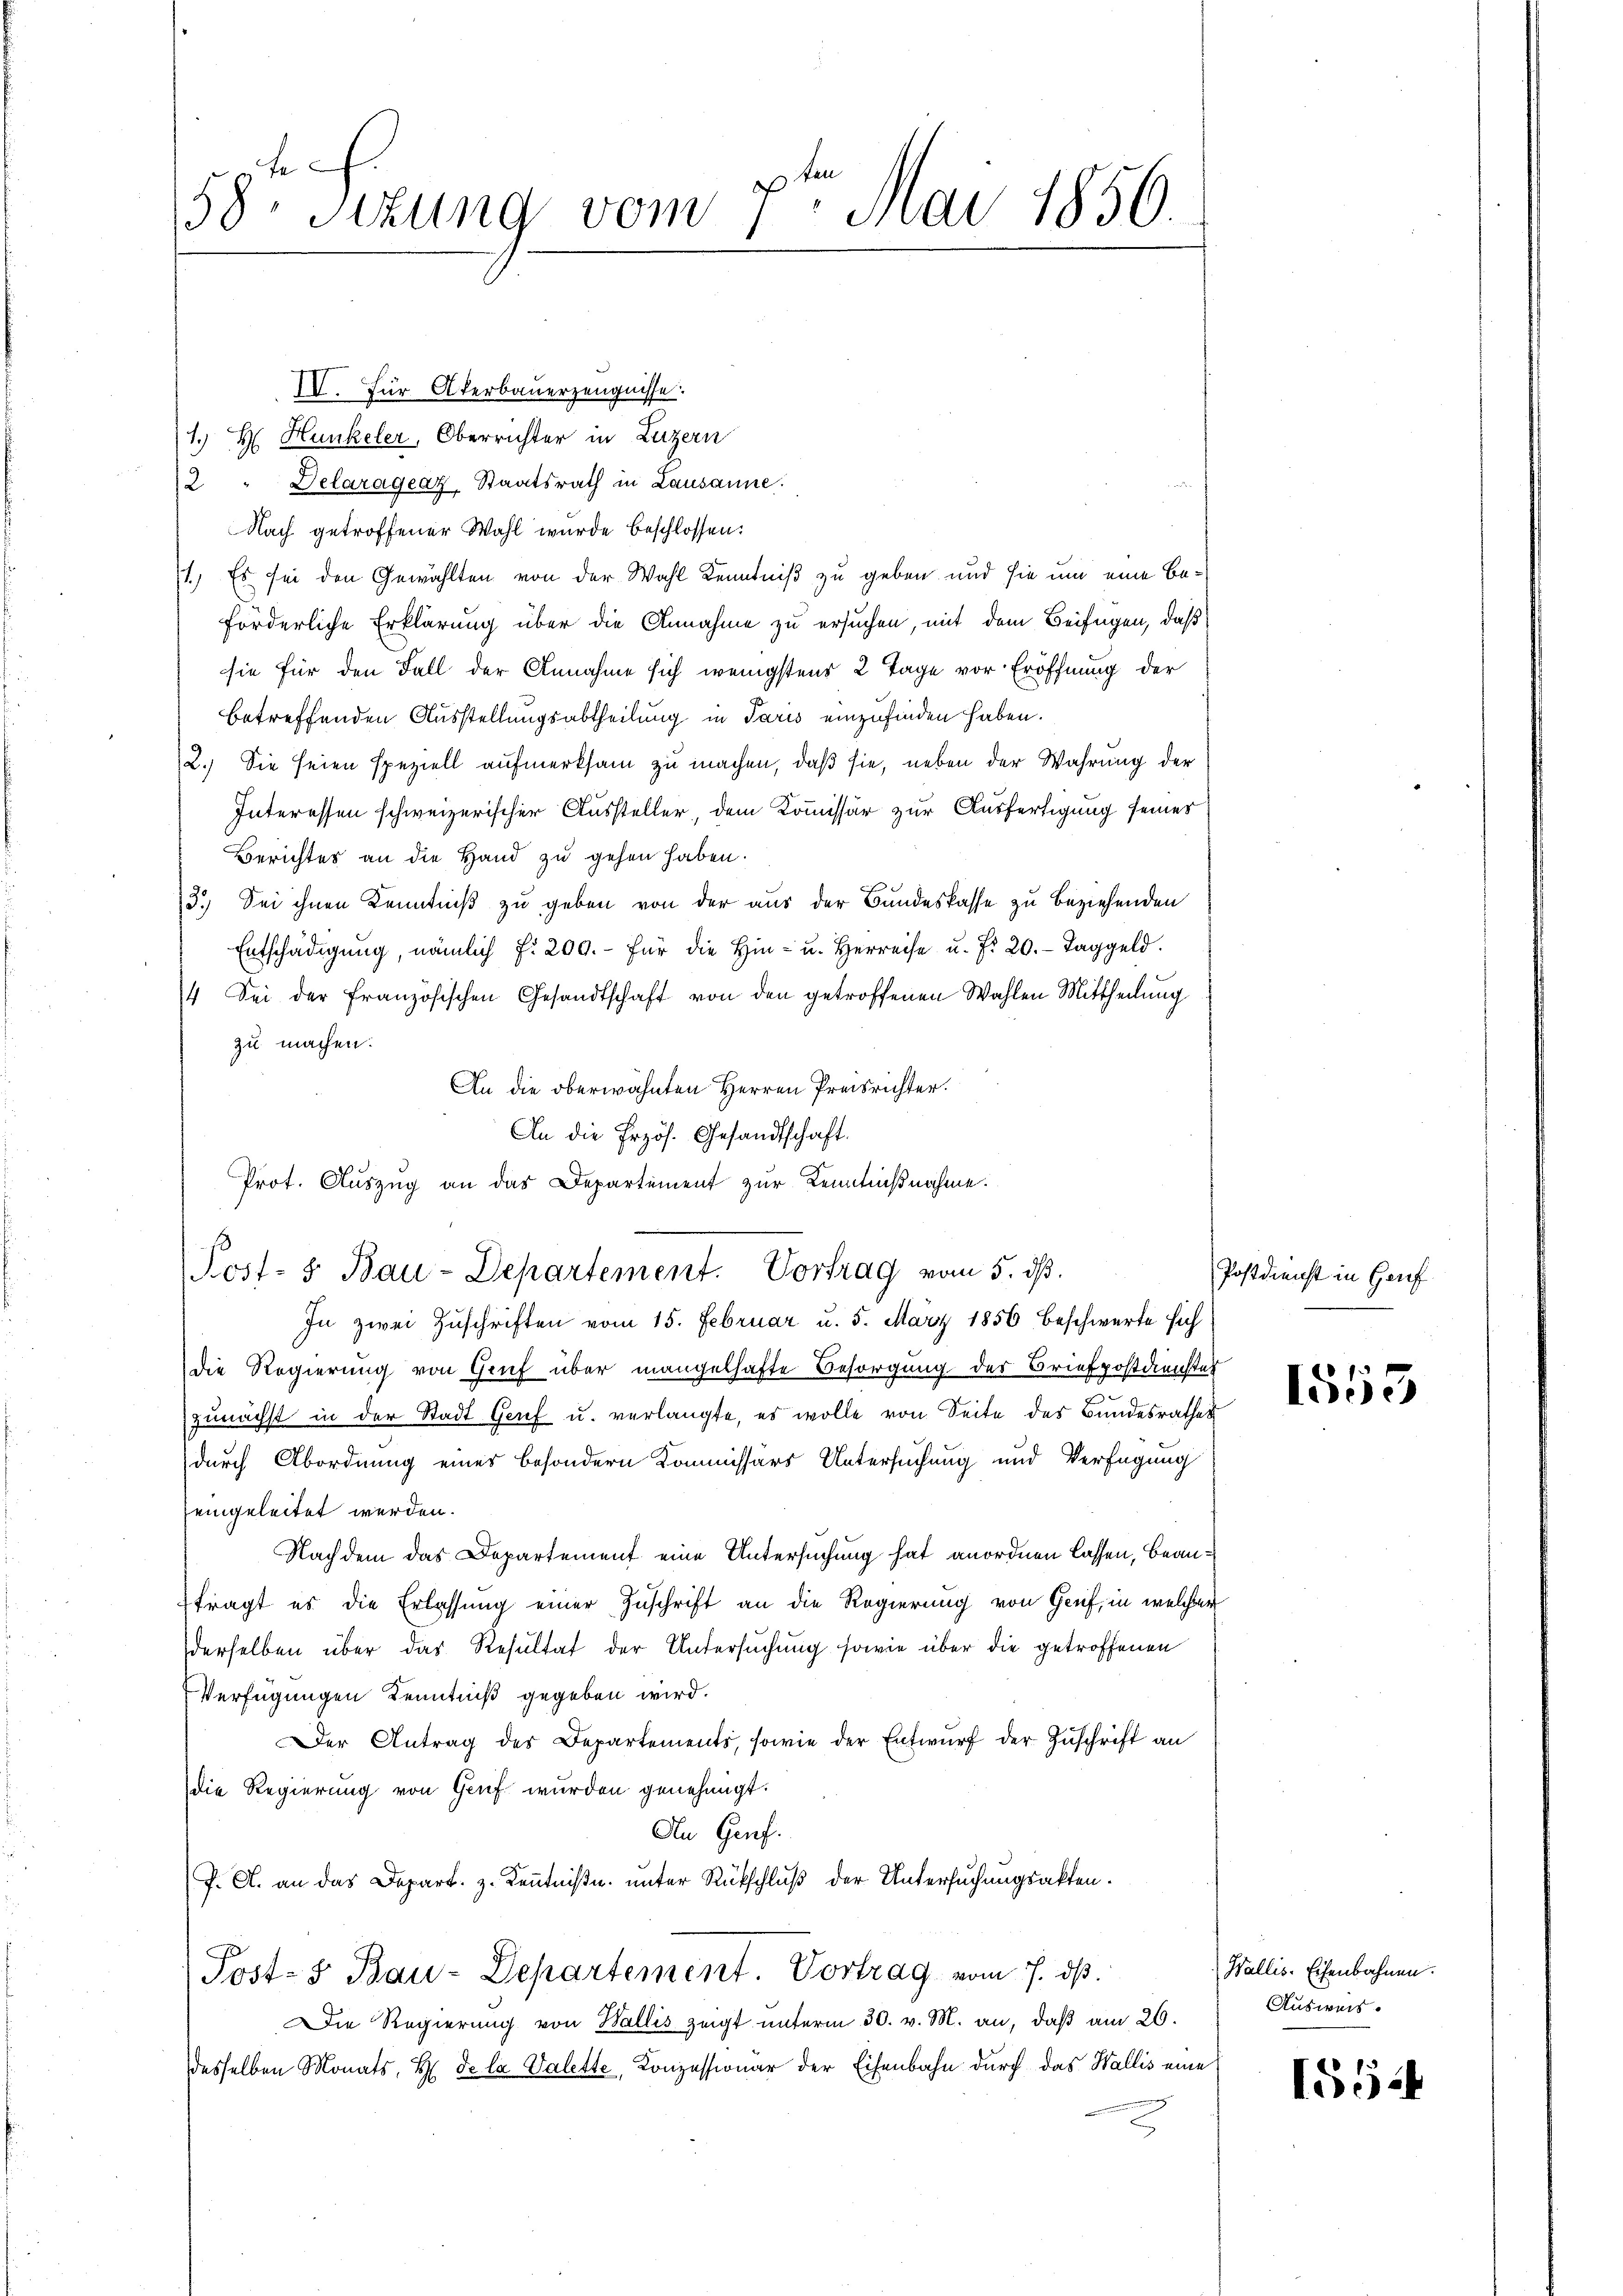
f
58. Sizung vom 1. Mai 1856.

IV. Für Akerbauerzeugnisse.
1. H. Hunkeler, Oberrichter in Luzern
2 " Delaragraz, Staatsrath in Lausanne.
Nach getroffener Wahl wurde beschlossen:
1. Es sei den Gewählten von der Wahl Kenntniß zu geben und sie um eine Beförderliche Erklärung über die Annahme zu ersuchen, mit dem Beifügen, daß
sie für den Fall der Annahme sich wenigstens 2 Tage vor Eröffnung der
betreffenden Ausstellungsabtheilung in Paris einzufinden haben.
2.) Sie seien speziell aufmerksam zu machen, daß sie, neben der Wahrung der
Interessen schweizerischer Aussteller dem Kommissär zur Ausfertigung seiner
Berichtes an die Hand zu gehen haben.
3.) Sei ihnen Kenntniß zu geben von der aus der Bandeskasse zu beziehenden
Entschädigŭng, nämlich f. 200.- für die hin- u. Herreise u. f. 20. Taggeld.
4 Sei der französischen Gesandtschaft von den getroffenen Wahlen Mittheilung
zu machen.
An die oberwähnten Herren Preisrichter.
An die Erzös. Gesandtschaft.
Prot. Auszug an das Departement zur Kenntnißnahme.

Post- & Bau-Departement. Vortrag vom 5. ds.

In zwei Zŭschriften vom 15. Februar u. 5. März 1856 beschwerte sich
die Regierung von Gruf über mangelhafte Besorgung der Briefpostdienstes
zunächst in der Stadt Genf u. verlangte, es wolle von Seite des Bundesrathes
durch Abordnung eines besondern Kommissärs Untersuchung und Verfügung
eingeleitet werden.
Nachdem das Departement eine Untersuchung hat anordnen lassen, beanftragt es die Erlassung einer Zuschrift an die Regierung von Genf, in welcher
derselben über das Resultat der Untersuchung sowie über die getroffenen
Verfügungen Kenntniß gegeben wird.
Der Antrag des Departements, sowie der Entwŭrf der Zuschrift an
die Regierung von Gruf wurden genehmigt.
An Genf.
J. A. an das Depart. z. Kenntniße unter Rückschluß der Untersuchungsakten.
Post- & Bau-Departement. Vortrag vom 7. ds.
Die Regierung von Wallis zeigt unterm 30. v. M. an, daß am 26.
desselben Monats, H. De la Valette, Konzessionar der Eisenbahn durch das Wallis eine

Postdienst in Hauf

1553

Wallis. Eisenbahnen.
Ausweis

1554